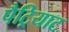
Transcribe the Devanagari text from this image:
पैट्रियाट